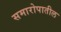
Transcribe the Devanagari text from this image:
समारोपातील